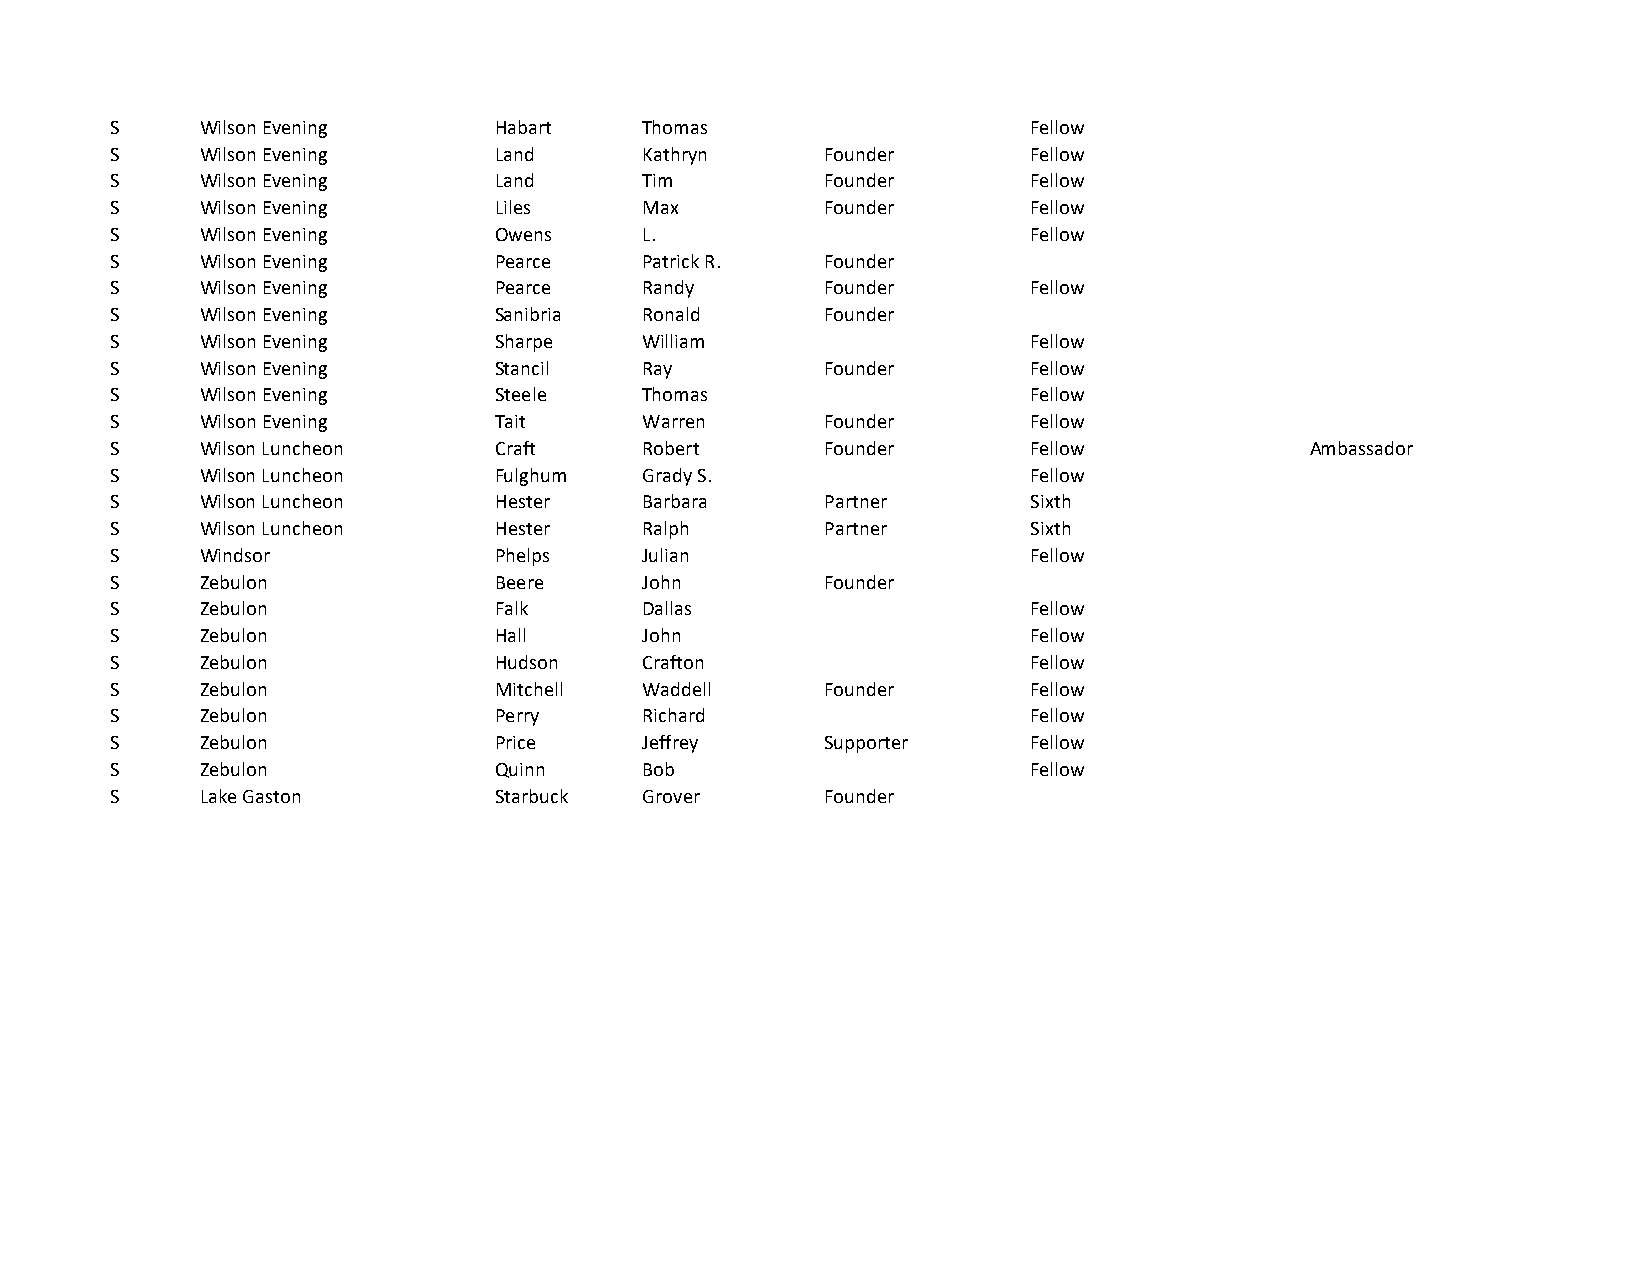
S     Wilson Evening      Habart    Thomas                   Fellow
 S     Wilson Evening      Land      Kathryn     Founder      Fellow
 S     Wilson Evening      Land      Tim         Founder      Fellow
 S     Wilson Evening      Liles     Max         Founder      Fellow
 S     Wilson Evening      Owens     L.                       Fellow
 S     Wilson Evening      Pearce    Patrick R.  Founder
 S     Wilson Evening      Pearce    Randy       Founder      Fellow
 S     Wilson Evening      Sanibria  Ronald      Founder
 S     Wilson Evening      Sharpe    William                  Fellow
 S     Wilson Evening      Stancil   Ray         Founder      Fellow
 S     Wilson Evening      Steele    Thomas                   Fellow
 S     Wilson Evening      Tait      Warren      Founder      Fellow
 S     Wilson Luncheon     Craft     Robert      Founder      Fellow             Ambassador
 S     Wilson Luncheon     Fulghum   Grady S.                 Fellow
 S     Wilson Luncheon     Hester    Barbara     Partner      Sixth
 S     Wilson Luncheon     Hester    Ralph       Partner      Sixth
 S     Windsor             Phelps    Julian                   Fellow
 S     Zebulon             Beere     John        Founder
 S     Zebulon             Falk      Dallas                   Fellow
 S     Zebulon             Hall      John                     Fellow
 S     Zebulon             Hudson    Crafton                  Fellow
 S     Zebulon             Mitchell  Waddell     Founder      Fellow
 S     Zebulon             Perry     Richard                  Fellow
 S     Zebulon             Price     Jeffrey     Supporter    Fellow
 S     Zebulon             Quinn     Bob                      Fellow
 S     Lake Gaston         Starbuck  Grover      Founder